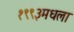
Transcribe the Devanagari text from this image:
१९९३मधला